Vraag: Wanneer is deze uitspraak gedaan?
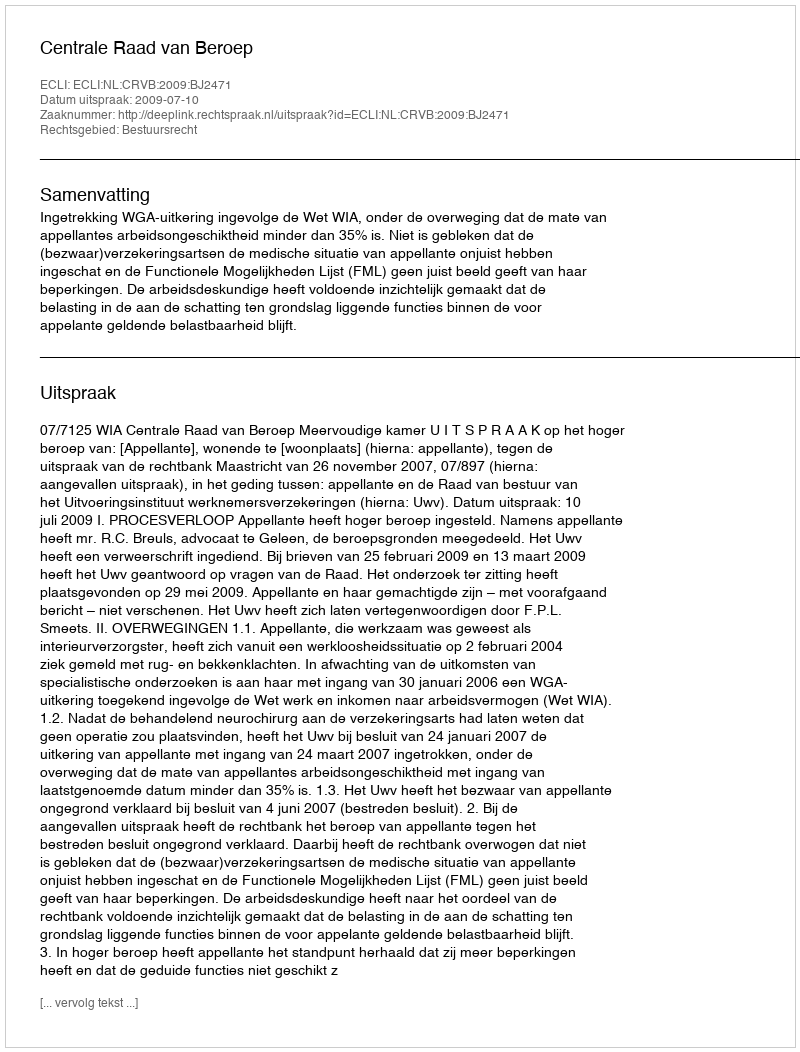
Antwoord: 2009-07-10